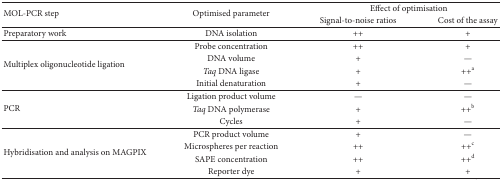
| <ROWSPAN=2> MOL-PCR step | <ROWSPAN=2> Optimised parameter | <COLSPAN=2> Effect of optimisation |
 | Signal-to-noise ratios | Cost of the assay |
 | --- | --- | --- | --- |
 | Preparatory work | DNA isolation | ++ | + |
 | <ROWSPAN=4> Multiplex oligonucleotide ligation | Probe concentration | ++ | + |
 | DNA volume | + | — |
 | Taq DNA ligase | + | ++a |
 | Initial denaturation | + | — |
 | <ROWSPAN=3> PCR | Ligation product volume | — | — |
 | Taq DNA polymerase | + | ++b |
 | Cycles | + | — |
 | <ROWSPAN=4> Hybridisation and analysis on MAGPIX | PCR product volume | + | — |
 | Microspheres per reaction | ++ | ++c |
 | SAPE concentration | ++ | ++d |
 | Reporter dye | + | + |